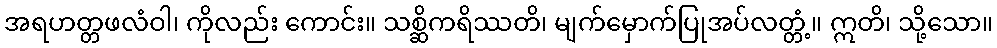
အရဟတ္တဖလံဝါ၊ ကိုလည်း ကောင်း။ သစ္ဆိကရိဿတိ၊ မျက်မှောက်ပြုအပ်လတ္တံ့။ ဣတိ၊ သို့သော။